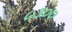
૮૩૦૦